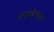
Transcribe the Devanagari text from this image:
पंचदेवोपासना